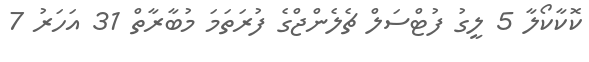
ކޮކާކޯލާ 5 ލީގު ފުޓްސަލް ޗެލެންޖްގެ ފުރަތަމަ މުބާރާތް 31 އަހަރު 7